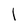
Character: l